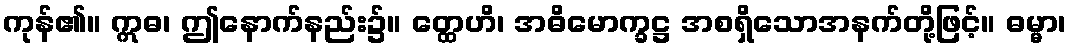
ကုန်၏။ ဣဓ၊ ဤနောက်နည်း၌။ တ္ထေဟိ၊ အဓိမောက္ခဋ္ဌ အစရှိသောအနက်တို့ဖြင့်။ ဓမ္မာ၊